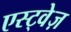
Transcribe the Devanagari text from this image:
एस्ट्वेज़